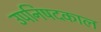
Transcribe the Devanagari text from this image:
उपनिषदकाल